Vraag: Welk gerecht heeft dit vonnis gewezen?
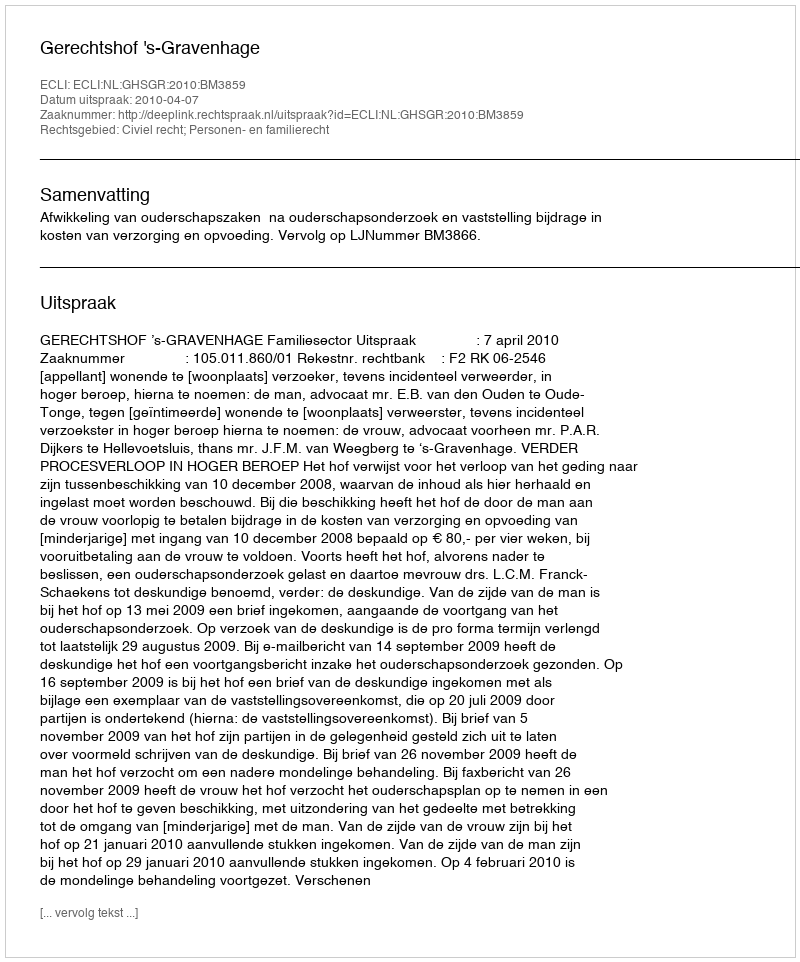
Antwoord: Gerechtshof 's-Gravenhage